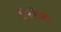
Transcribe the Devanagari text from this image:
हिररीचा